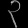
Digit: ၃